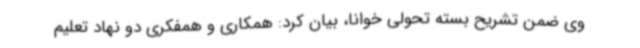
وی ضمن تشریح بسته تحولی خوانا، بیان کرد: همکاری و همفکری دو نهاد تعلیم